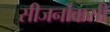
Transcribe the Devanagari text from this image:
सीजर्नोवासी